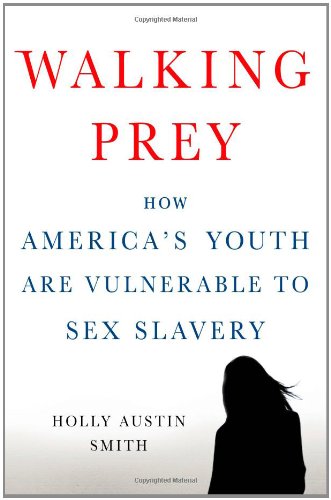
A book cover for Walking Prey: How America's Youth Are Vulnerable to Sex Slavery; Holly Austin Smith; Self-Help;